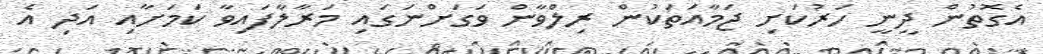
އެގޮތުން ދީނީ ހަރުކަށި ޖަމާއަތަކުން ރިލްވާން ވަގަށްނަގައި މަރާލާފައިވާ ކަމަށާއި އަދި އެ